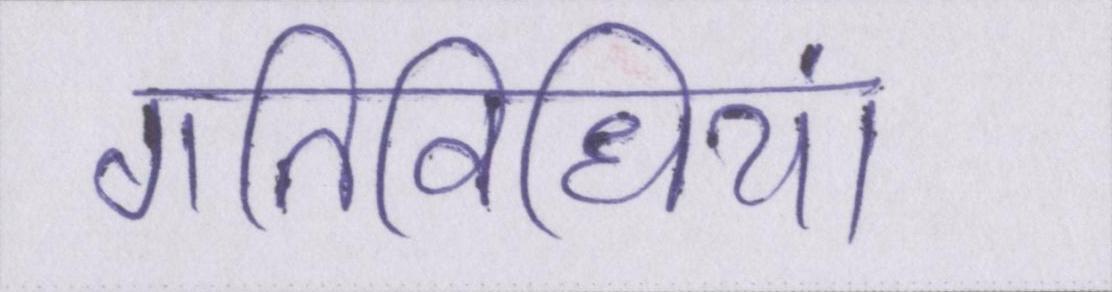
गतिविधियां